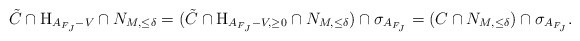
\begin{align*}\tilde{C} \cap \mathrm{H}_{A_{F_J} - V} \cap N_{M,\leq \delta} =(\tilde{C} \cap \mathrm{H}_{A_{F_J} - V,\ge 0} \cap N_{M,\leq \delta}) \cap \sigma_{A_{F_J}} = (C \cap N_{M,\leq \delta}) \cap \sigma_{A_{F_J}}. \end{align*}